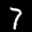
Label: 7